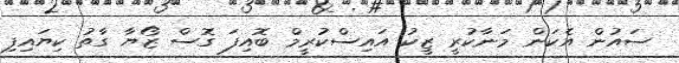
ސައުން އެކަން މަނާކުރީ ޒީކު އައިސްކުރީމް ބޮއިފަ ގޮސް ޒޯޔާ ގާތު ކިޔައިފި